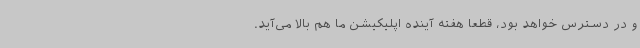
و در دسترس خواهد بود، قطعا هفته آینده اپلیکیشن ما هم بالا می‌آید.